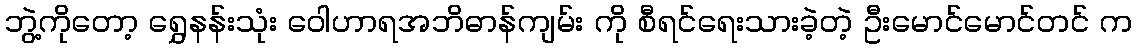
ဘွဲ့ကိုတော့ ရွှေနန်းသုံး ဝေါဟာရအဘိဓာန်ကျမ်း ကို စီရင်ရေးသားခဲ့တဲ့ ဦးမောင်မောင်တင် က